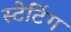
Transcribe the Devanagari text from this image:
स्टेटिंग